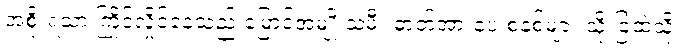
အစိုးရသာ ကြိုင်လှိုင်နေသည် မြောင်အမျိုးသမီး ဓာတ်အားပေးစနစ်များ သိုးခြံထဲသို့